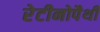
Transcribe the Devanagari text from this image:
रेटीनोपैथी